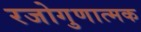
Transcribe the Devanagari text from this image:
रजोगुणात्मक